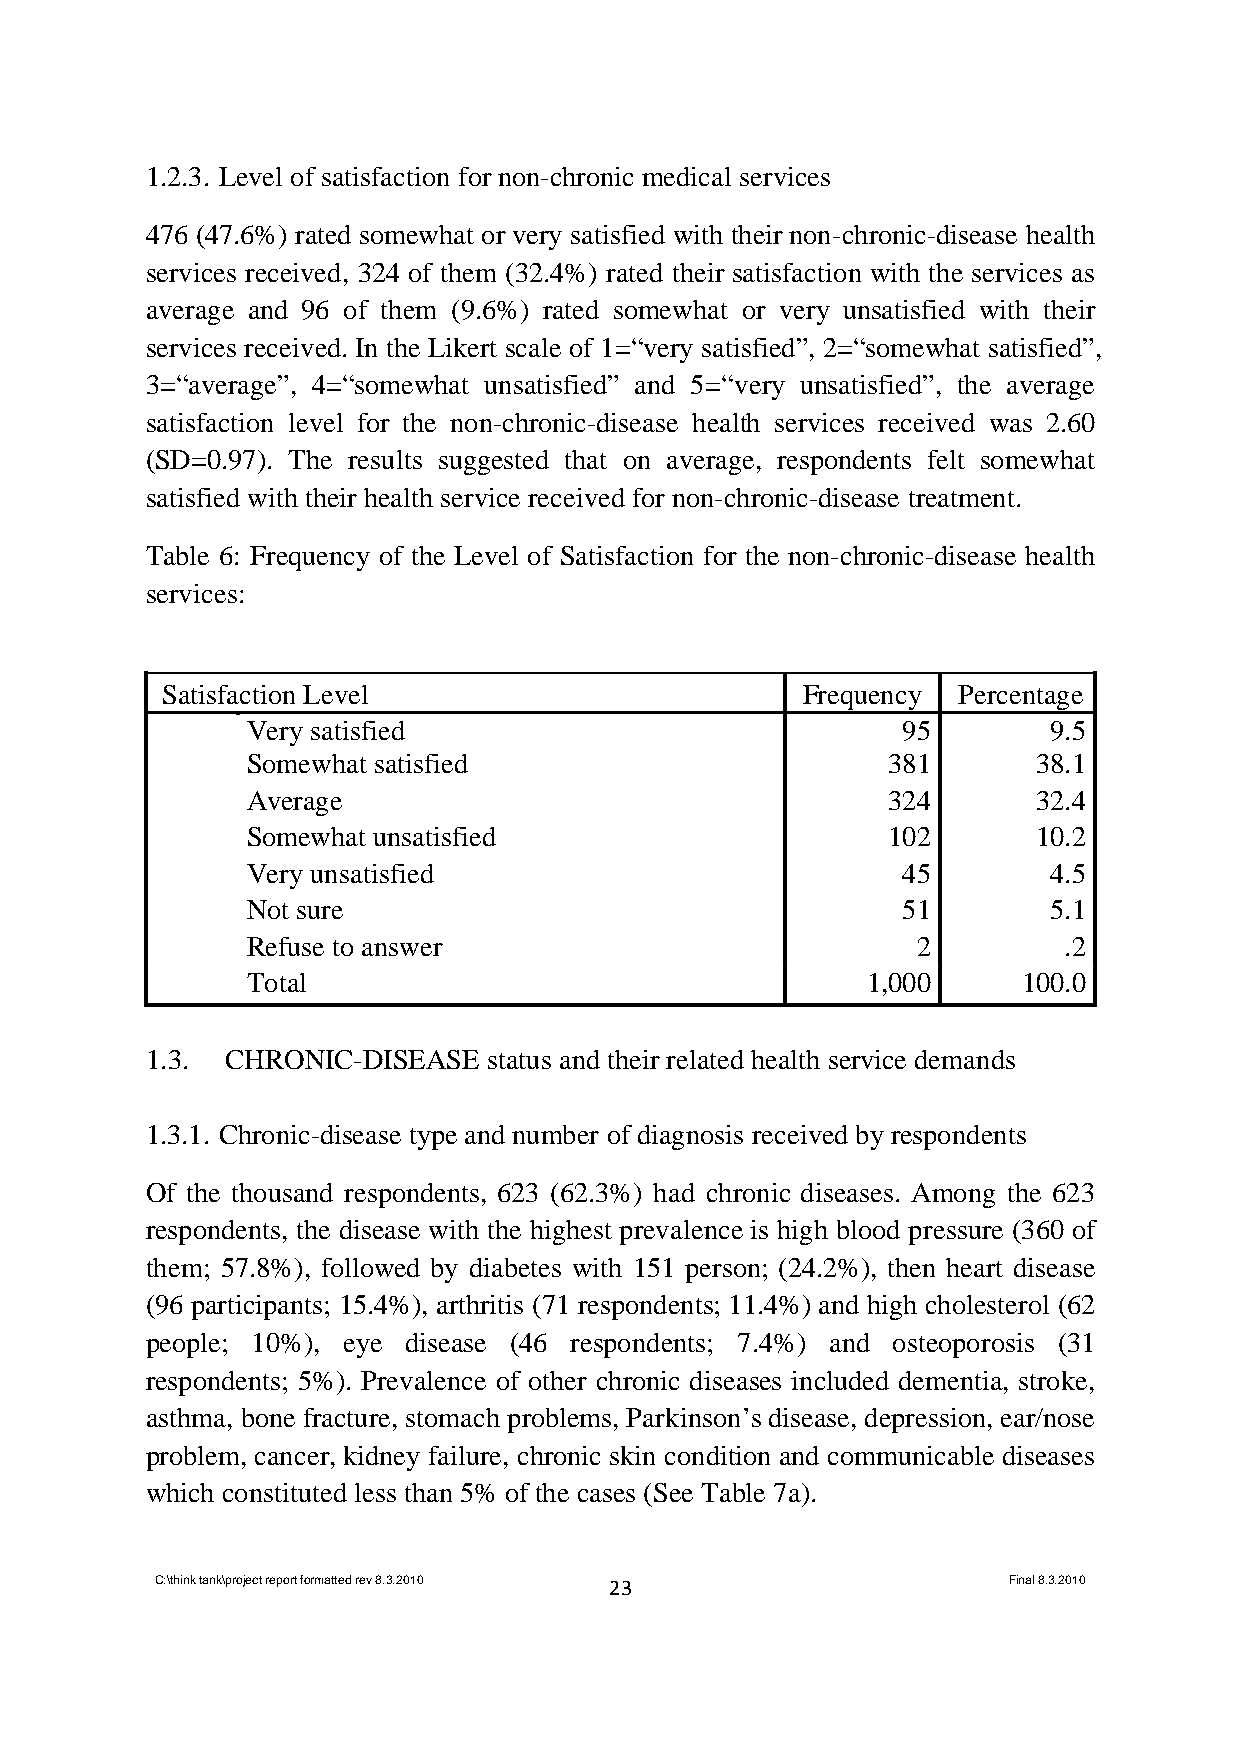
1.2.3. Level of satisfaction for non-chronic medical services
 476 (47.6%) rated somewhat or very satisfied with their non-chronic-disease health
 services received, 324 of them (32.4%) rated their satisfaction with the services as
 average and 96 of them (9.6%) rated somewhat or very unsatisfied with their
 services received. In the Likert scale of 1=“very satisfied”, 2=“somewhat satisfied”,
 3=“average”, 4=“somewhat unsatisfied” and 5=“very unsatisfied”, the average
 satisfaction level for the non-chronic-disease health services received was 2.60
 (SD=0.97). The results suggested that on average, respondents felt somewhat
 satisfied with their health service received for non-chronic-disease treatment.
 Table 6: Frequency of the Level of Satisfaction for the non-chronic-disease health
 services:
 Satisfaction Level                        Frequency Percentage
 Very satisfied                              95        9.5
 Somewhat satisfied                         381       38.1
 Average                                    324       32.4
 Somewhat unsatisfied                       102       10.2
 Very unsatisfied                            45        4.5
 Not sure                                    51        5.1
 Refuse to answer                             2        .2
 Total                                    1,000      100.0
 1.3. CHRONIC-DISEASE  status and their related health service demands
 1.3.1. Chronic-disease type and number of diagnosis received by respondents
 Of the thousand respondents, 623 (62.3%) had chronic diseases. Among the 623
 respondents, the disease with the highest prevalence is high blood pressure (360 of
 them; 57.8%), followed by diabetes with 151 person; (24.2%), then heart disease
 (96 participants; 15.4%), arthritis (71 respondents; 11.4%) and high cholesterol (62
 people; 10%), eye disease (46 respondents; 7.4%) and osteoporosis (31
 respondents; 5%). Prevalence of other chronic diseases included dementia, stroke,
 asthma, bone fracture, stomach problems, Parkinson’s disease, depression, ear/nose
 problem, cancer, kidney failure, chronic skin condition and communicable diseases
 which constituted less than 5% of the cases (See Table 7a).
 C:\think tank\project report formatted rev 8.3.2010 23   Final 8.3.2010